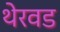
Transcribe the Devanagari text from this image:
थेरवड